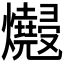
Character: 𱬮